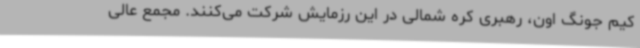
کیم جونگ اون، رهبری کره شمالی در این رزمایش شرکت می‌کنند. مجمع عالی